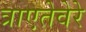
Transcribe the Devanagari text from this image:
त्राएतेवेरे